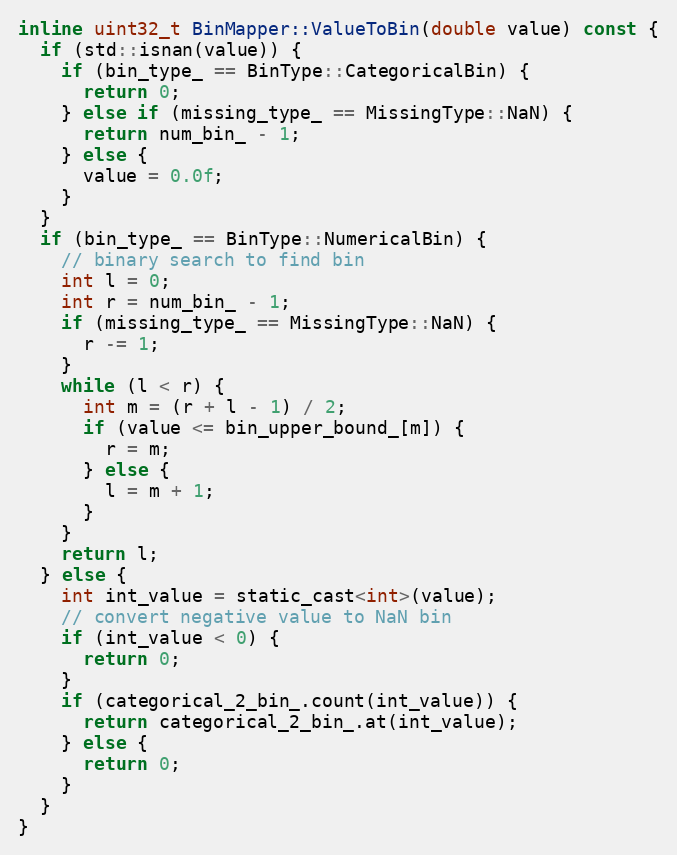
Language: C
inline uint32_t BinMapper::ValueToBin(double value) const {
  if (std::isnan(value)) {
    if (bin_type_ == BinType::CategoricalBin) {
      return 0;
    } else if (missing_type_ == MissingType::NaN) {
      return num_bin_ - 1;
    } else {
      value = 0.0f;
    }
  }
  if (bin_type_ == BinType::NumericalBin) {
    // binary search to find bin
    int l = 0;
    int r = num_bin_ - 1;
    if (missing_type_ == MissingType::NaN) {
      r -= 1;
    }
    while (l < r) {
      int m = (r + l - 1) / 2;
      if (value <= bin_upper_bound_[m]) {
        r = m;
      } else {
        l = m + 1;
      }
    }
    return l;
  } else {
    int int_value = static_cast<int>(value);
    // convert negative value to NaN bin
    if (int_value < 0) {
      return 0;
    }
    if (categorical_2_bin_.count(int_value)) {
      return categorical_2_bin_.at(int_value);
    } else {
      return 0;
    }
  }
}